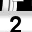
Digit: 2